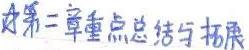
\#第二章重点总结与拓展